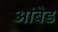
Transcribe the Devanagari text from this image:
आंबेड